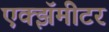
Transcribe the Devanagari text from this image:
एक्झॅमीटर